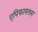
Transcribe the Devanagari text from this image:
एपिफायलम